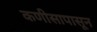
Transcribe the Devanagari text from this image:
कणीसापासून